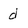
Character: d